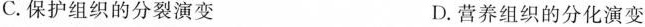
C.保护组织的分裂演变 D.营养组织的分化演变